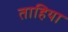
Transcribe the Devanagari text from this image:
ताहिया